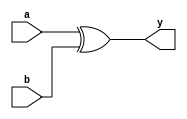
module xor_gate(
    input a,
    input b,
    output reg y
);

always @* begin
    y = a ^ b;
end

endmodule